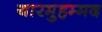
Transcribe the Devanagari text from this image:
यारमुहम्मद